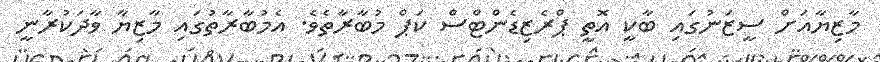
މާޒިޔާއަށް ސީޒަނުގައި ބާކީ އޮތީ ޕްރެޒިޑެންޓްސް ކަޕް މުބާރާތެވެ. އެމުބާރާތުގައި މާޒިޔާ ވާދަކުރާނީ